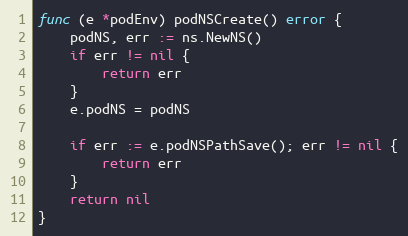
Language: Go
func (e *podEnv) podNSCreate() error {
	podNS, err := ns.NewNS()
	if err != nil {
		return err
	}
	e.podNS = podNS

	if err := e.podNSPathSave(); err != nil {
		return err
	}
	return nil
}